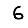
Digit: 6